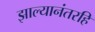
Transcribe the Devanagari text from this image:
झाल्यानंतरहि